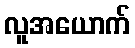
လူအယောက်